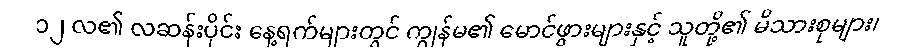
၁၂ လ၏ လဆန်းပိုင်း နေ့ရက်များတွင် ကျွန်မ၏ မောင်ဖွားများနှင့် သူတို့၏ မိသားစုများ၊